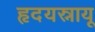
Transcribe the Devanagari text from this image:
हृदयस्नायू